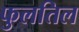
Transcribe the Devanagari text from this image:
फुलतिल